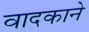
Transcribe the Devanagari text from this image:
वादकाने